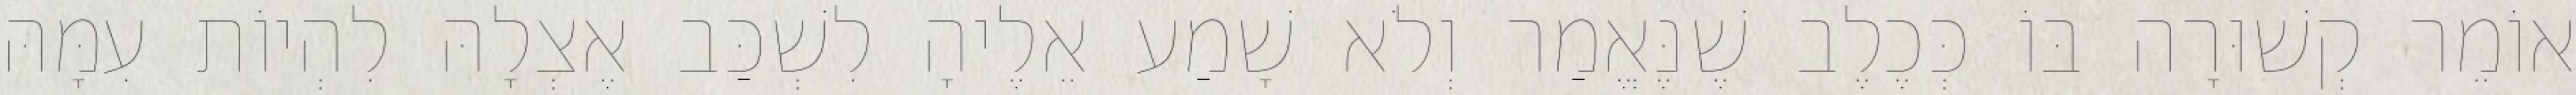
אוֹמֵר קְשׁוּרָה בּוֹ כְּכֶלֶב שֶׁנֶּאֱמַר וְלֹא שָׁמַע אֵלֶיהָ לִשְׁכַּב אֶצְלָהּ לִהְיוֹת עִמָּהּ